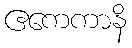
ဧကေကာနိ